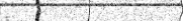
١١٨